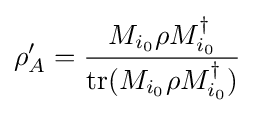
\rho '_{A}={M_{i_{0}}\rho M_{i_{0}}^{\dagger } \over {\rm {tr}}(M_{i_{0}}\rho M_{i_{0}}^{\dagger })}